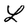
Character: L